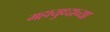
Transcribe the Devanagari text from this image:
महायुध्दाच्या